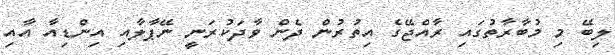
ލިބޭ މި މުބާރާތުގައި ރާއްޖޭގެ އިތުރުން ދެން ވާދަކުރަނީ ނޭޕާލާއި އިންޑިއާ އާއި